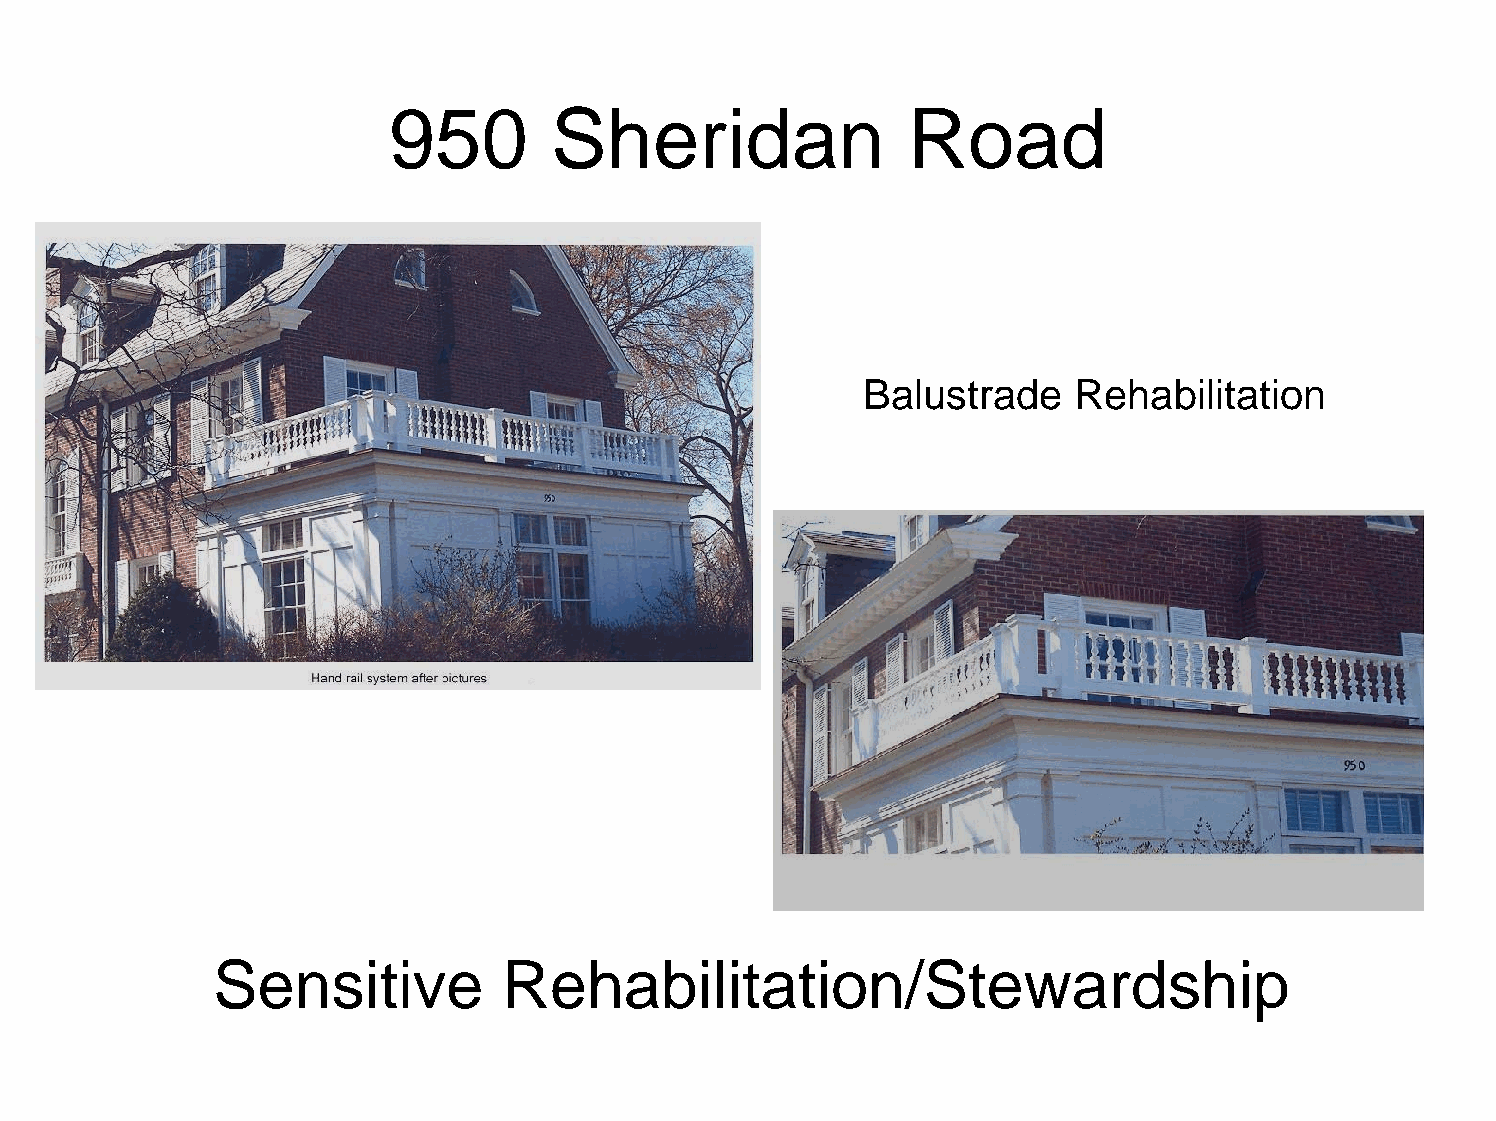
950        Sheridan               Road
 Balustrade    Rehabilitation
 Sensitive          Rehabilitation/Stewardship